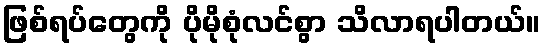
ဖြစ်ရပ်တွေကို ပိုမိုစုံလင်စွာ သိလာရပါတယ်။